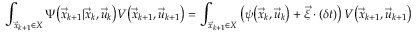
\int _ { \vec { x } _ { k + 1 } \in X } \Psi \big ( \vec { x } _ { k + 1 } | \vec { x } _ { k } , \vec { u } _ { k } \big ) V \big ( \vec { x } _ { k + 1 } , \vec { u } _ { k + 1 } \big ) = \int _ { \vec { x } _ { k + 1 } \in X } \left( \psi \big ( \vec { x } _ { k } , \vec { u } _ { k } \big ) + \vec { \xi } \cdot ( \delta t ) \right) V \big ( \vec { x } _ { k + 1 } , \vec { u } _ { k + 1 } \big )